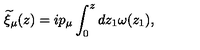
{ \widetilde \xi } _ { \mu } ( z ) = i p _ { \mu } \int _ { 0 } ^ { z } d z _ { 1 } \omega ( z _ { 1 } ) ,